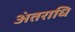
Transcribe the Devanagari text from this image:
अंतराधि